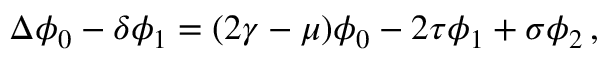
\Delta \phi _ { 0 } - \delta \phi _ { 1 } = ( 2 \gamma - \mu ) \phi _ { 0 } - 2 \tau \phi _ { 1 } + \sigma \phi _ { 2 } \, ,